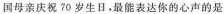
国母亲庆祝 70 岁生日，最能表达你的心声的是